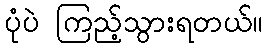
ပုံပဲ ကြည့်သွားရတယ်။